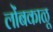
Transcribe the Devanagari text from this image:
लोंबकाळू